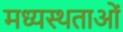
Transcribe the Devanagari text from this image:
मध्‍यस्‍थताओं